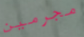
مجرمين